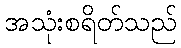
အသုံးစရိတ်သည်